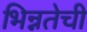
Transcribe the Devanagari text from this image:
भिन्नतेची